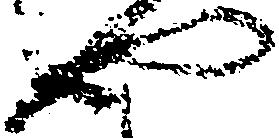
や